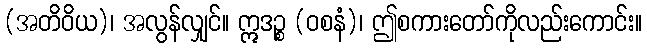
(အတိဝိယ)၊ အလွန်လျှင်။ ဣဒဉ္စ (ဝစနံ)၊ ဤစကားတော်ကိုလည်းကောင်း။